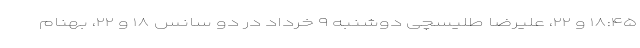
۱۸:۴۵ و ۲۲، علیرضا طلیسچی دوشنبه ۹ خرداد در دو سانس ۱۸ و ۲۲، بهنام